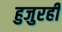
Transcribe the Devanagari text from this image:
हुजुरही